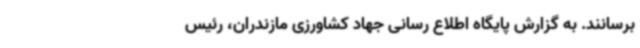
برسانند. به گزارش پایگاه اطلاع رسانی جهاد کشاورزی مازندران، رئیس